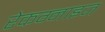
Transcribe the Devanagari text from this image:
रेकग्नाइज